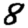
Digit: 8